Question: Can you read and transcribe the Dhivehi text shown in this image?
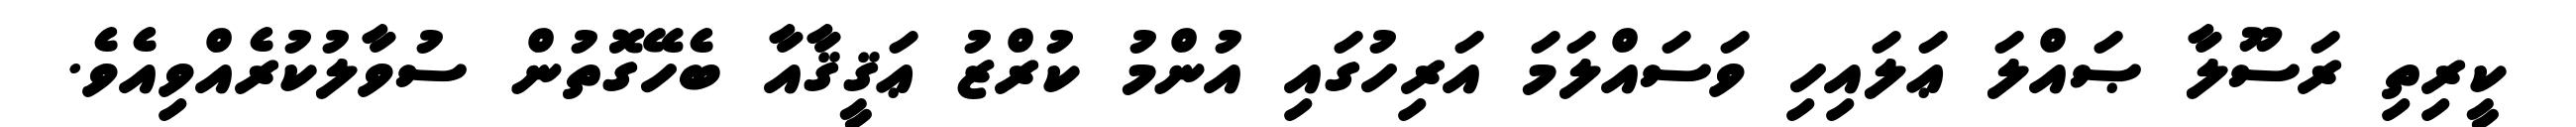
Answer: ކީރިތި ރަސޫލާ ޞައްލަ ޢަލައިހި ވަސައްލަމަ އަރިހުގައި އުންމު ކުރްޒު ޢަޤީޤާއާ ބެހޭގޮތުން ސުވާލުކުރެއްވިއެވެ.